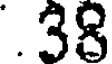
.38